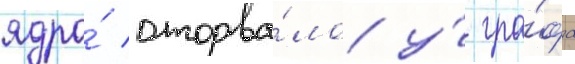
ядро́ оторва́ло у́ гра́фа